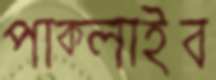
পাক্‌লাইব